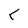
Character: C